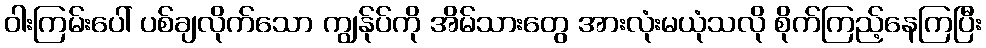
ဝါးကြမ်းပေါ် ပစ်ချလိုက်သော ကျွန်ုပ်ကို အိမ်သားတွေ အားလုံးမယုံသလို စိုက်ကြည့်နေကြပြီး